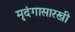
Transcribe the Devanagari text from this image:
मृदंगासारखी